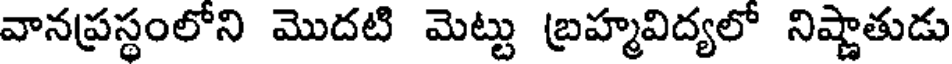
వానప్రస్థంలోని మొదటి మెట్టు బ్రహ్మవిద్యలో నిష్ణాతుడు